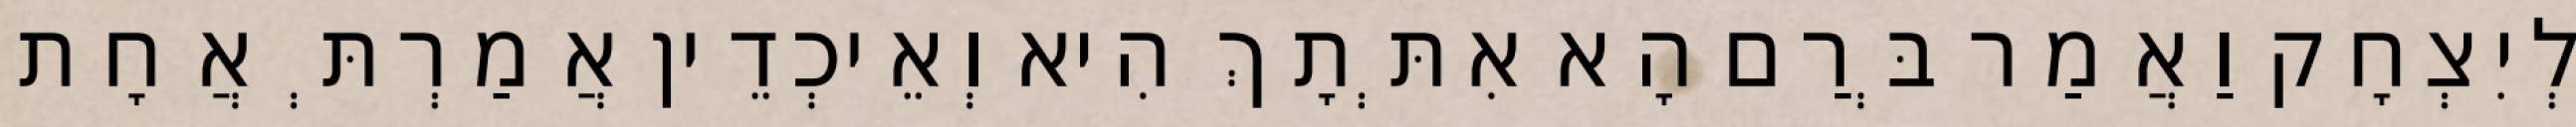
לְיִצְחָק וַאֲמַר בְּרַם הָא אִתְּתָךְ הִיא וְאֵיכְדֵין אֲמַרְתְּ אֲחָת